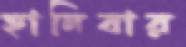
হানিবার